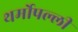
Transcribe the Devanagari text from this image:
थर्मोपल्ली